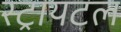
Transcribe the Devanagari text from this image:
स्ट्रायटल